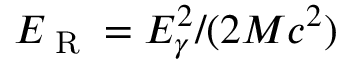
E _ { \textrm { R } } = E _ { \gamma } ^ { 2 } / ( 2 M c ^ { 2 } )